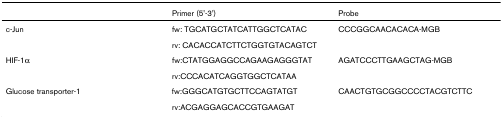
<table><thead><tr><td></td><td><b>Primer (5&#x27;-3&#x27;)</b></td><td><b>Probe</b></td></tr></thead><tbody><tr><td>c-Jun</td><td>fw: TGCATGCTATCATTGGCTCATAC</td><td>CCCGGCAACACACA-MGB</td></tr><tr><td></td><td>rv: CACACCATCTTCTGGTGTACAGTCT</td><td></td></tr><tr><td>HIF-1α</td><td>fw:CTATGGAGGCCAGAAGAGGGTAT</td><td>AGATCCCTTGAAGCTAG-MGB</td></tr><tr><td></td><td>rv:CCCACATCAGGTGGCTCATAA</td><td></td></tr><tr><td>Glucose transporter-1</td><td>fw:GGGCATGTGCTTCCAGTATGT</td><td>CAACTGTGCGGCCCCTACGTCTTC</td></tr><tr><td></td><td>rv:ACGAGGAGCACCGTGAAGAT</td><td></td></tr></tbody></table>